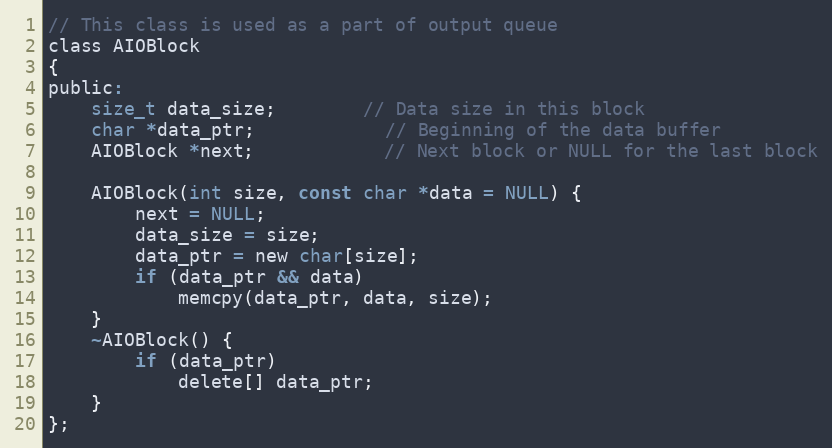
Language: C
// This class is used as a part of output queue
class AIOBlock
{
public:
	size_t data_size;		// Data size in this block
	char *data_ptr;			// Beginning of the data buffer
	AIOBlock *next;			// Next block or NULL for the last block

	AIOBlock(int size, const char *data = NULL) {
		next = NULL;
		data_size = size;
		data_ptr = new char[size];
		if (data_ptr && data)
			memcpy(data_ptr, data, size);
	}
	~AIOBlock() {
		if (data_ptr)
			delete[] data_ptr;
	}
};